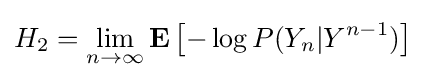
H_{2}=\lim _{n\to \infty }\mathbf {E} \left[-\log P(Y_{n}|Y^{n-1})\right]